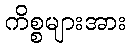
ကိစ္စများအား